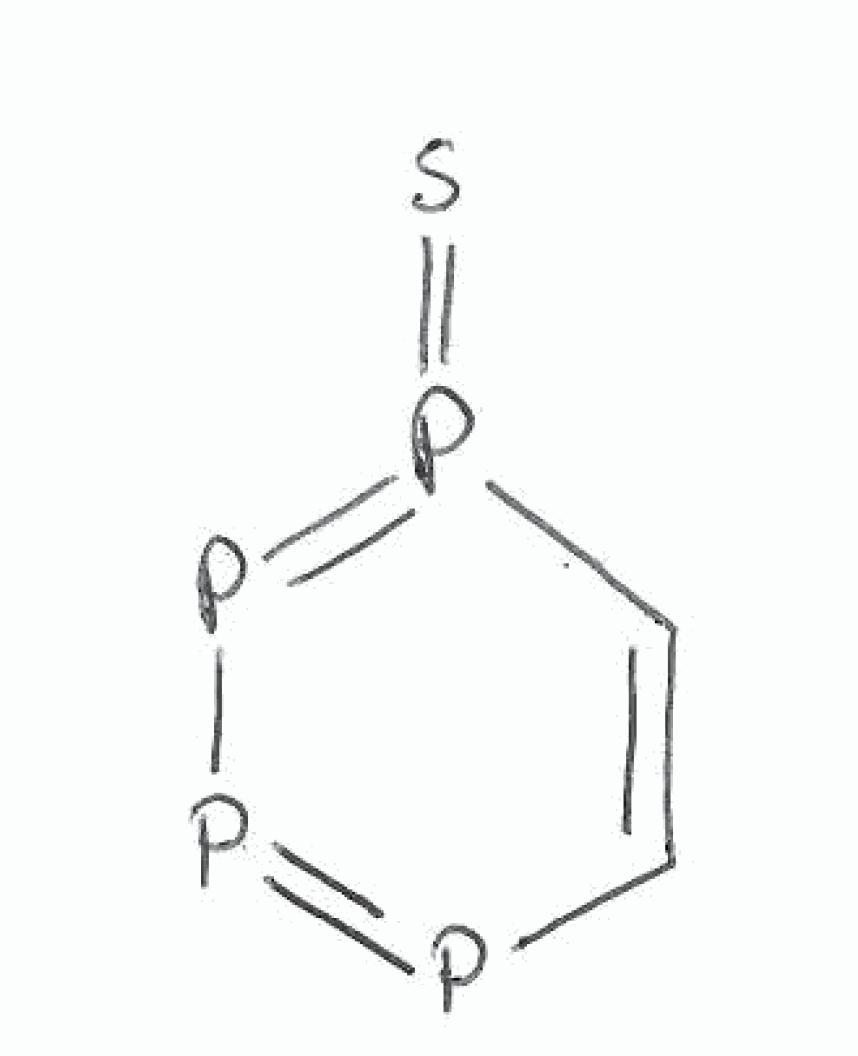
Simplified molecular-input line-entry system (SMILES) notation of the given molecule:
C1=CP(=PP=P1)=S